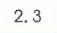
$2.3$